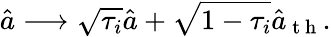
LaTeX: \hat{a}\longrightarrow\sqrt{\tau_{i}}\hat{a}+\sqrt{1-\tau_{i}}\hat{a}_{\mathrm{~t~h~}}.